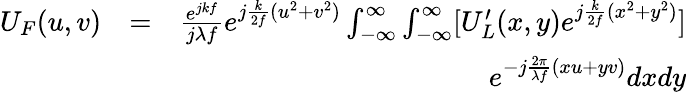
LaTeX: \begin{array}{rlr}{U_{F}(u,v)}&{=}&{\frac{e^{jkf}}{j\lambda f}e^{j\frac{k}{2f}(u^{2}+v^{2})}\int_{-\infty}^{\infty}\int_{-\infty}^{\infty}[U_{L}^{\prime}(x,y)e^{j\frac{k}{2f}(x^{2}+y^{2})}]}\\ &{}&{e^{-j\frac{2\pi}{\lambda f}(xu+yv)}dxdy}\end{array}